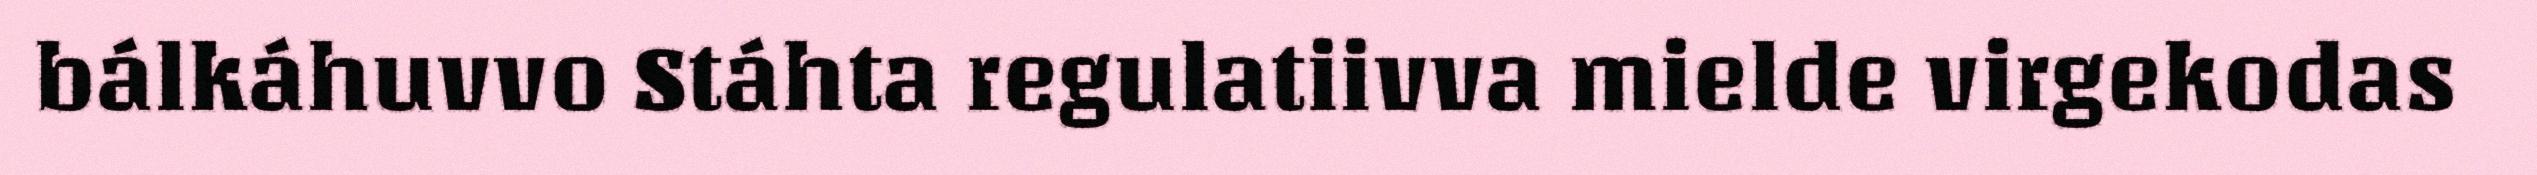
bálkáhuvvo Stáhta regulatiivva mielde virgekodas